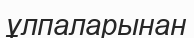
ұлпаларынан